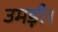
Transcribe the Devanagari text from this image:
उमड़ी।